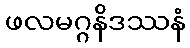
ဖလမဂ္ဂနိဒဿနံ